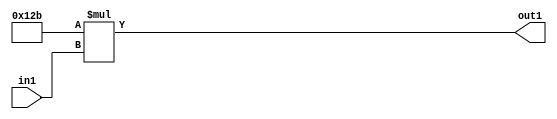
`timescale 1ps / 1ps
/*****************************************************************************
    Verilog RTL Description
    
    
    Created by: Stratus DpOpt 2019.1.01 
*******************************************************************************/

module ColorTransform_Mul2i299u8_4 (
	in1,
	out1
	); /* architecture "behavioural" */ 
input [7:0] in1;
output [16:0] out1;
wire [16:0] asc001;

assign asc001 = 
	+(17'B00000000100101011 * in1);

assign out1 = asc001;
endmodule

/* CADENCE  ubD0Tgw= : u9/ySgnWtBlWxVPRXgAZ4Og= ** DO NOT EDIT THIS LINE ******/